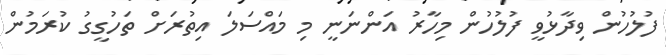
ފުލުހުން ވިދާޅުވީ ފުލުހުން މިހާރު އަންނަނީ މި މައްސަލަ އިތުރަށް ތަހުގީގު ކުރަމުން